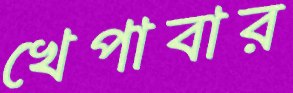
খেপাবার